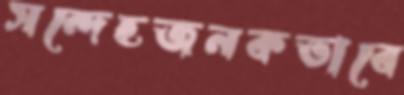
সন্দেহজনকভাবে